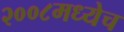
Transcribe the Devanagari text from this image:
२००८मध्येच